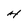
Character: H